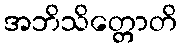
အဘိသိတ္တောတိ